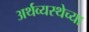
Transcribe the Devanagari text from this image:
अर्थव्यस्थेच्या